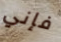
فإني